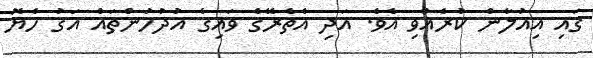
ގައި އިއުލާން ކުރެއްވި އެވެ. އަދި އެތެރޭގެ ވައިގެ އުދުހުންތައް އަގު ހެޔޮ